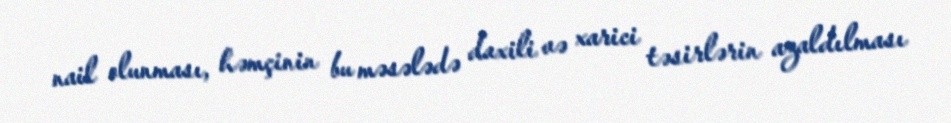
nail olunması, həmçinin bu məsələdə daxili və xarici təsirlərin azaldılması